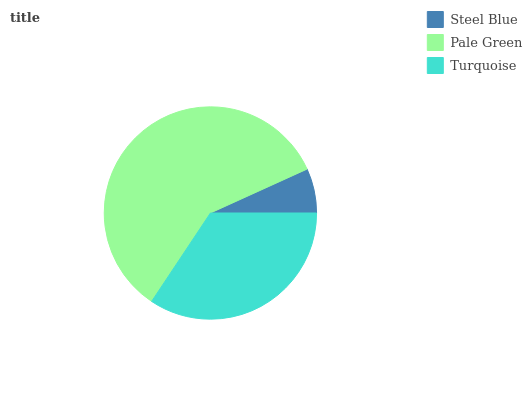
| Steel Blue | Pale Green | Turquoise |
 | --- | --- | --- |
 | 6.78% | 58.9% | 34.4% |